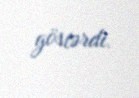
göstərdi.